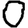
Digit: 0